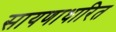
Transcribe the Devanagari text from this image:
सायणाधारित